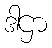
ဒါဌာ